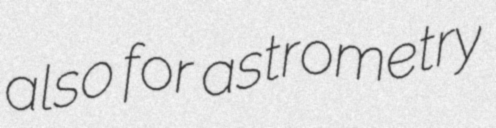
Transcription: also for astrometry